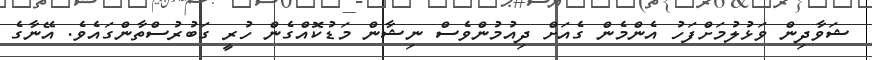
ޝަވާދިން ވަޅުލުމަށްފަހު އެންމެން ގެއަށް ދިއުމުންވެސް ނިޝާން މަޑުކޮއްގެން ހުރީ ގަބުރުސްތާންގައެވެ. އޭނާގެ